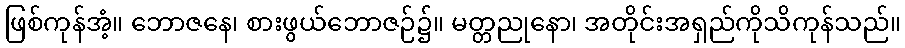
ဖြစ်ကုန်အံ့။ ဘောဇနေ၊ စားဖွယ်ဘောဇဉ်၌။ မတ္တညုနော၊ အတိုင်းအရှည်ကိုသိကုန်သည်။